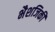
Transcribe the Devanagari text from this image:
भैशजिकी